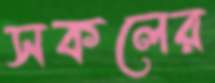
সকলের